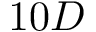
1 0 D